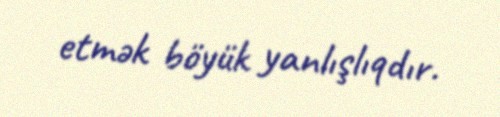
etmək böyük yanlışlıqdır.